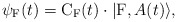
\begin{align*}\psi_{\rm F}(t) = {\rm C}_{\rm F}(t) \cdot |{\rm F},A(t) \rangle,\end{align*}